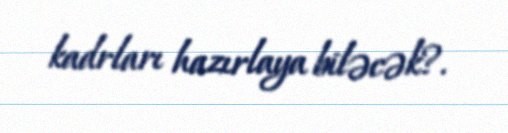
kadrları hazırlaya biləcək?.